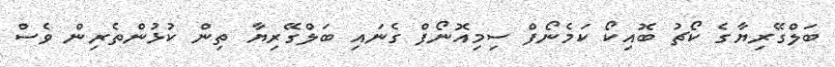
ބަލްގޭރިޔާގެ ކޯޗު ބޮއިކޯ ކަމެނޯފް ސިމިއޮނޯފް ގެނައި ބަލްގޭރިޔާ ތިން ކުޅުންތެރިން ވެސް